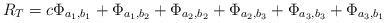
LaTeX: \begin{align*}R_{T}=c\Phi_{a_{1},b_{1}}+\Phi_{a_{1},b_{2}}+\Phi_{a_{2},b_{2}}+\Phi_{a_{2},b_{3}}+\Phi_{a_{3},b_{3}}+\Phi_{a_{3},b_{1}}\end{align*}